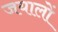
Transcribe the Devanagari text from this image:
जयालों